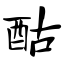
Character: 酤